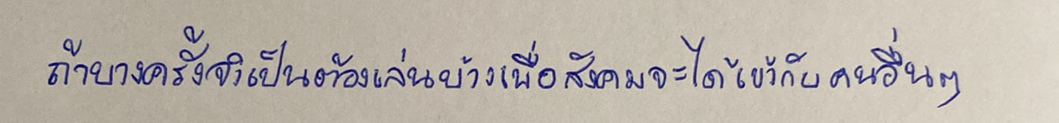
ถ้าบางครั้งจำเป็นต้องเล่นบ้างเพื่อสังคมจะได้เข้ากับคนอื่นๆ